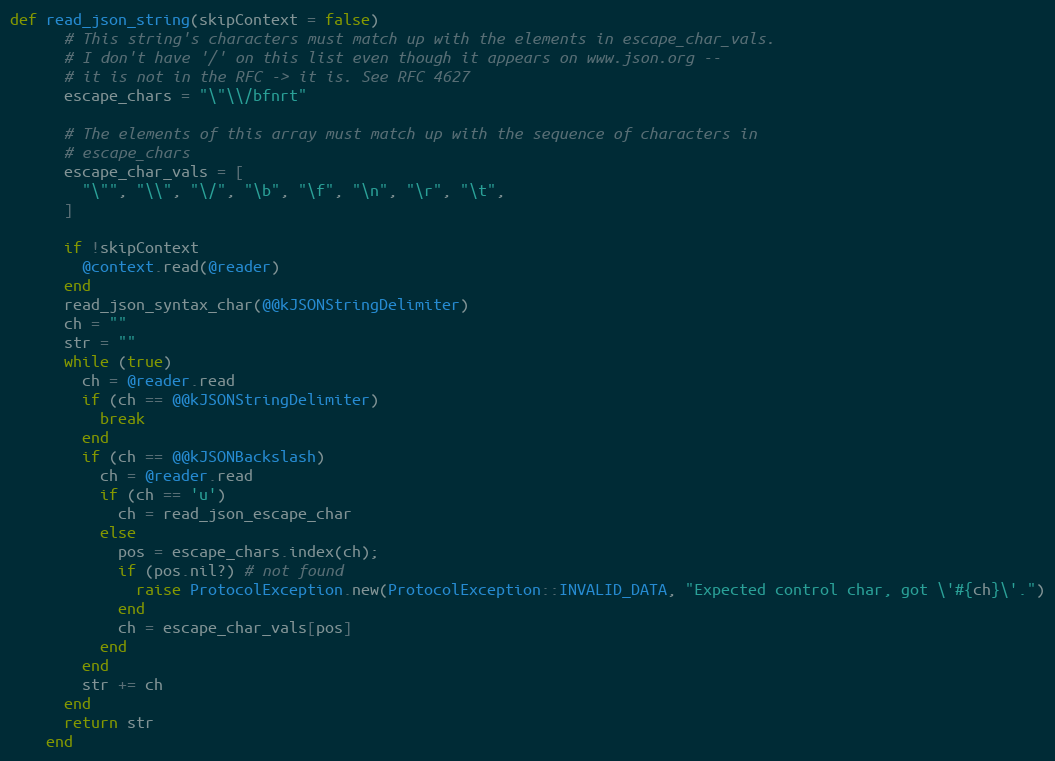
Language: Ruby
def read_json_string(skipContext = false)
      # This string's characters must match up with the elements in escape_char_vals.
      # I don't have '/' on this list even though it appears on www.json.org --
      # it is not in the RFC -> it is. See RFC 4627
      escape_chars = "\"\\/bfnrt"

      # The elements of this array must match up with the sequence of characters in
      # escape_chars
      escape_char_vals = [
        "\"", "\\", "\/", "\b", "\f", "\n", "\r", "\t",
      ]

      if !skipContext
        @context.read(@reader)
      end
      read_json_syntax_char(@@kJSONStringDelimiter)
      ch = ""
      str = ""
      while (true)
        ch = @reader.read
        if (ch == @@kJSONStringDelimiter)
          break
        end
        if (ch == @@kJSONBackslash)
          ch = @reader.read
          if (ch == 'u')
            ch = read_json_escape_char
          else
            pos = escape_chars.index(ch);
            if (pos.nil?) # not found
              raise ProtocolException.new(ProtocolException::INVALID_DATA, "Expected control char, got \'#{ch}\'.")
            end
            ch = escape_char_vals[pos]
          end
        end
        str += ch
      end
      return str
    end